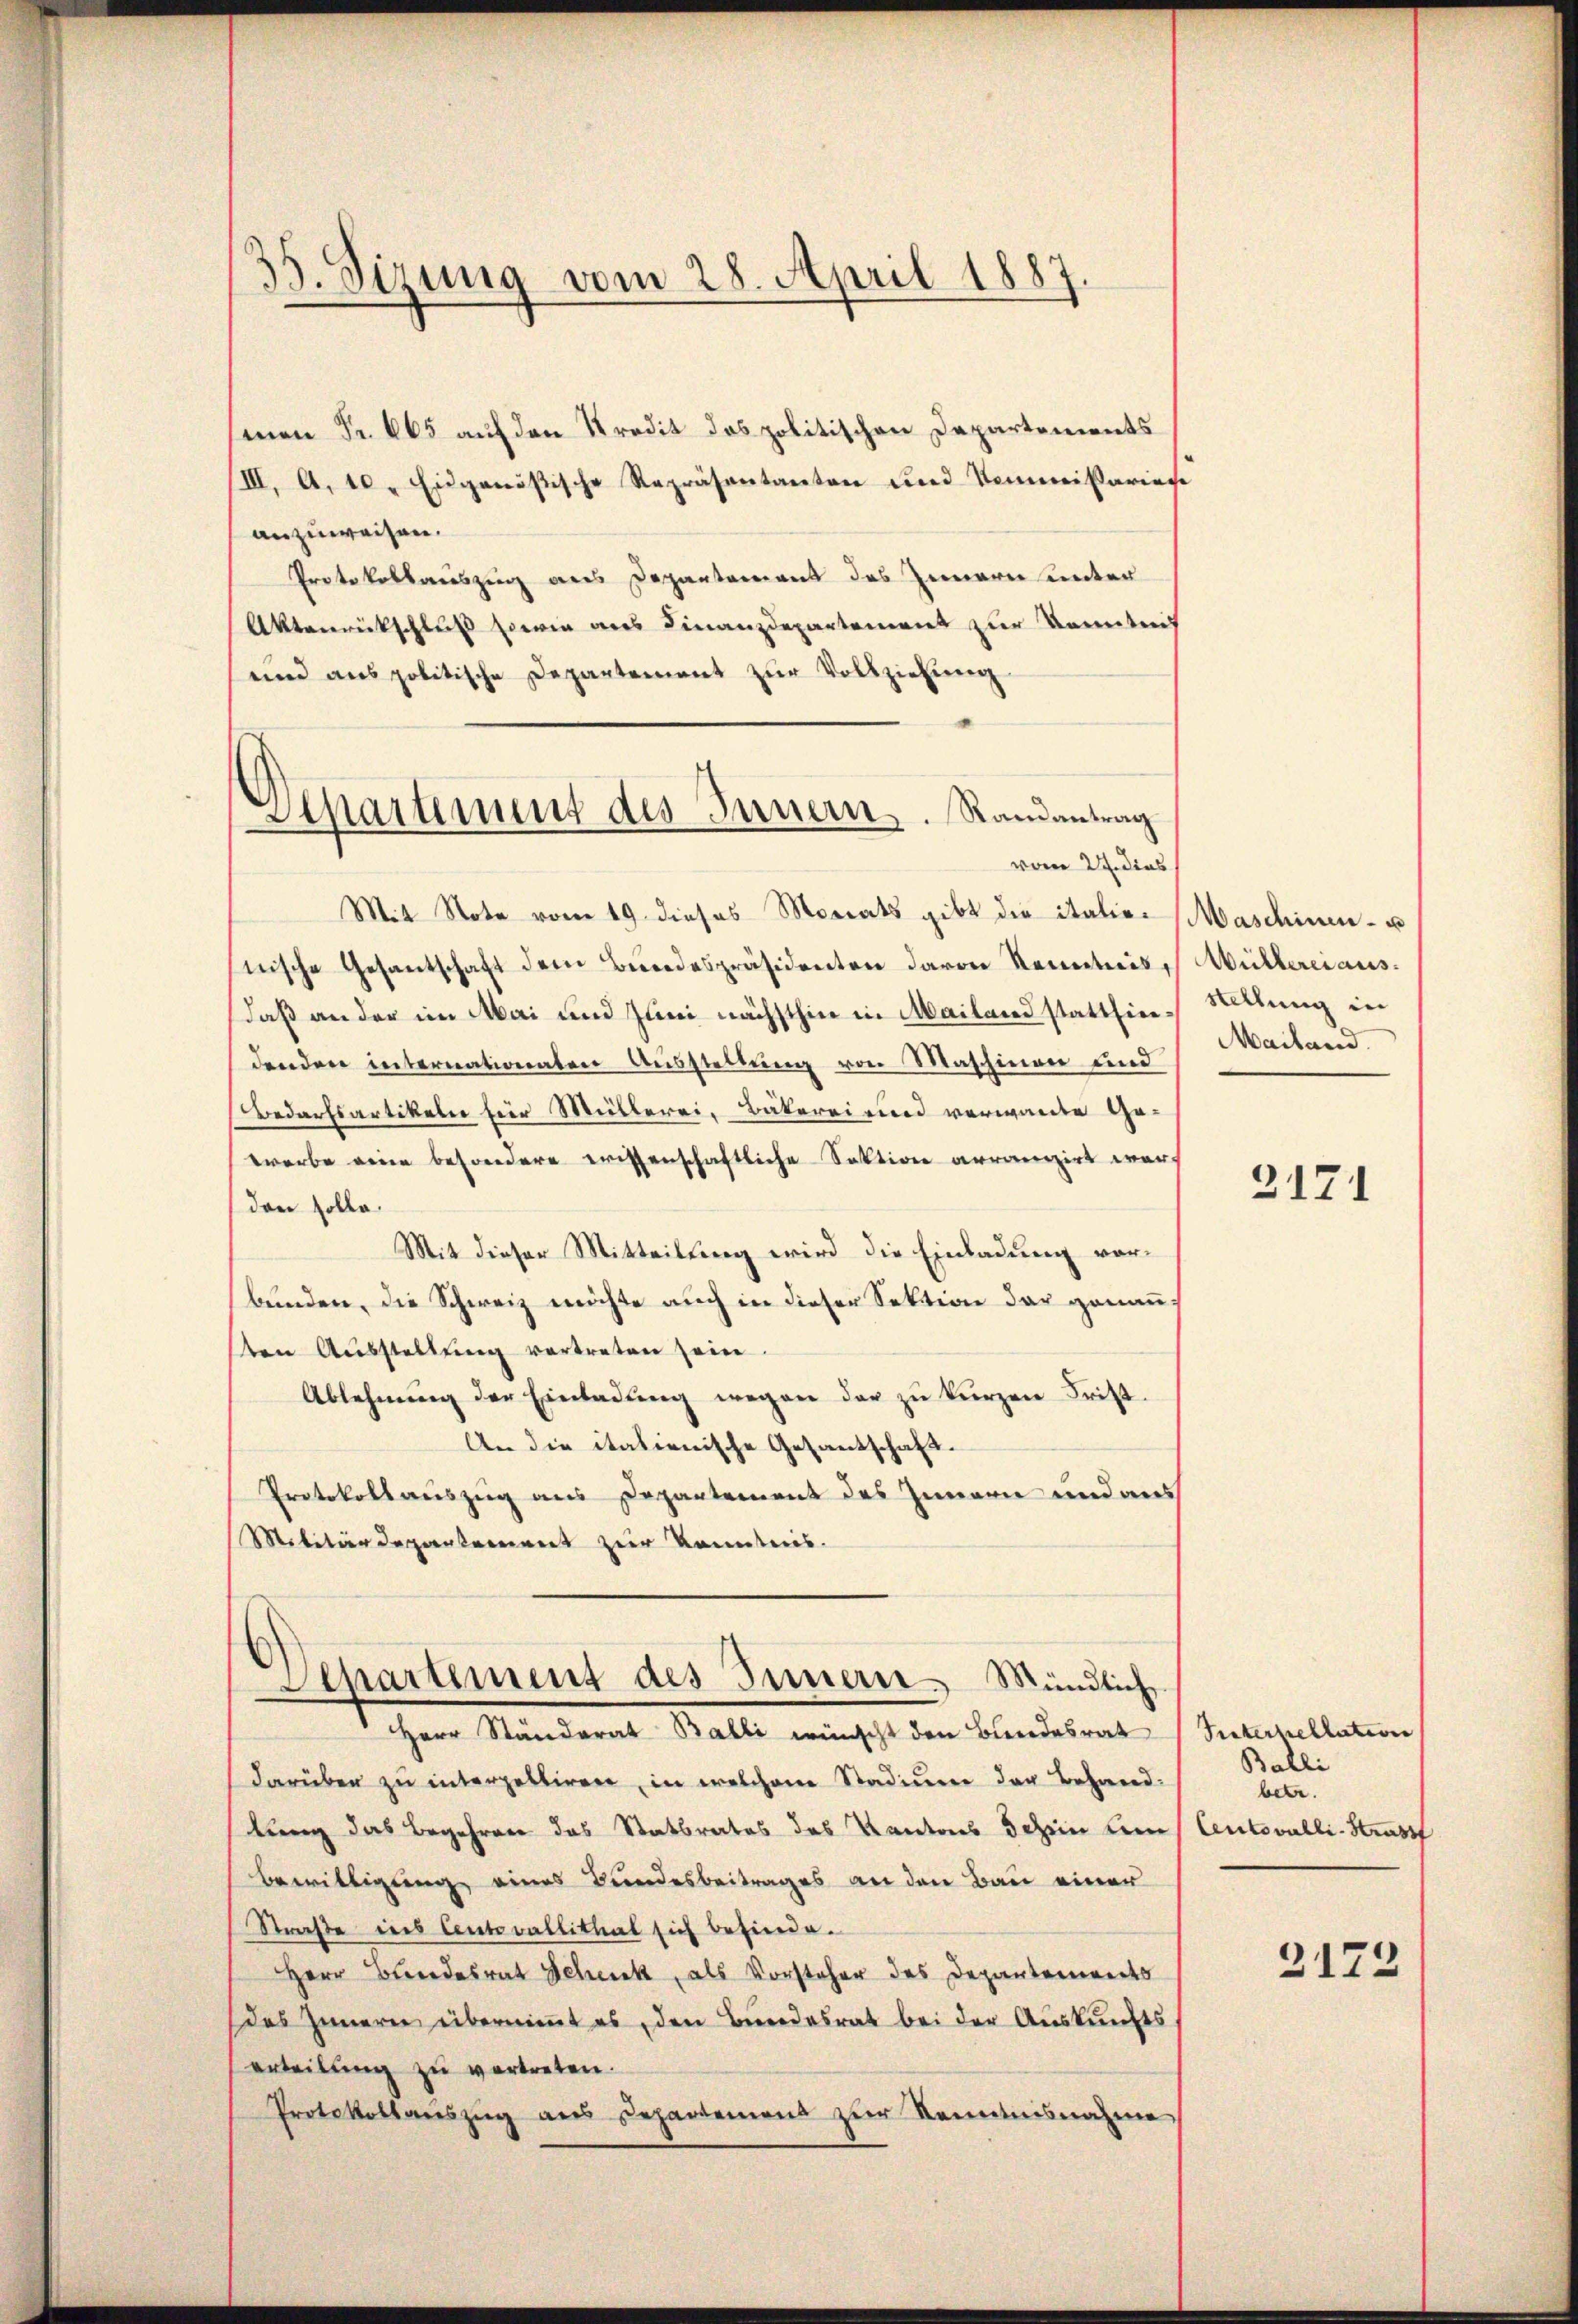
35. Sizung vom 28. April 1887

men Fr. 605 auf den Kredit des politischen Departements
/III. A. 10 " Eidgenößische Repräsentanten und Kommißariere
anzuweisen.
Protokollauszug aus Departement des Innern unter
Aktenrückschluß sowie aus Finanzdepartement zur Kenntnis
uind anspolitische Departement zŭr Vollziehŭng
Mit Note vom 19. dieses Morats gibt die italienische Gesantschaft dem Bundespräsidenten davon Reuerteil,
daß an der im Mai und Juni nächsthin in Mailand statthieedenden internationaten Ausstellung von Maschinen und
Bedarfsartikeln für Müllerei, Bäkerei und verwande Gewerbe eine besondere wissenschaftliche Sektion arranizirt werden solle.
Mit dieser Mitteilung wird die Einladung vorbunden, die Schweiz möchte auch in dieser Sektion der genauten Aŭsstellŭng vertreten sein.
Ablehnung der Einladung wegen der zu kurzen Frist.
An die italienische Gesantschaft.
Protokollauszug aus Departement des Innern und aus
Militärdepartement zur Kenntnis.
Separtiment des Innern. Mündlich
tochen Mandant, Balle wenigst dem Bundesrat
darüber zu interpelliren, in welchem Stadium der Behandlung das Begehren das Statbrates des Kantons Schein kein
Bewilligung eines Bundesbeitrages an den Bau einer
Straße ins Centovallithal sich befinde.
Herr Bundesrat Schenk, als Vorsteher des Departements
das Innern übernimmt es den Bundesrat bei der Auskunfts
erteilŭng zŭ vertreten.
Protokollaŭszŭg aŭs Departement zŭr Kenntnisnahme

Departement des Innern. Randantrag
vom 27. dies

Maschinen u
Müllerei aus.
Stellung in
Mailand.

2171

Suternellation
Balli
betr.
Centovalli-Strass

3173